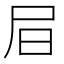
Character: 𡰶